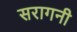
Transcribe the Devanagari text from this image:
सरागनी